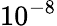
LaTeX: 10^{-8}